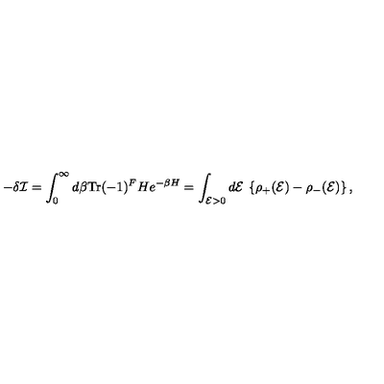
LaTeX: - \delta { \cal I } = \int _ { 0 } ^ { \infty } d \beta \mathrm { T r } ( - 1 ) ^ { F } H e ^ { - \beta H } = \int _ { { \cal E } > 0 } d { \cal E } \: \left\{ \rho _ { + } ( { \cal E } ) - \rho _ { - } ( { \cal E } ) \right\} ,